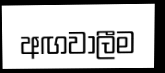
අඟවාලීම